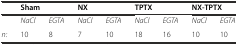
<table><thead><tr><td></td><td colspan="2"><b>Sham</b></td><td colspan="2"><b>NX</b></td><td colspan="2"><b>TPTX</b></td><td colspan="2"><b>NX-TPTX</b></td></tr></thead><tbody><tr><td></td><td><i>NaCl</i></td><td><i>EGTA</i></td><td><i>NaCl</i></td><td><i>EGTA</i></td><td><i>NaCl</i></td><td><i>EGTA</i></td><td><i>NaCl</i></td><td><i>EGTA</i></td></tr><tr><td><i>n:</i></td><td>10</td><td>8</td><td>7</td><td>10</td><td>18</td><td>16</td><td>10</td><td>10</td></tr></tbody></table>